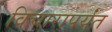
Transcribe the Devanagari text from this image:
विचारापर्यंत